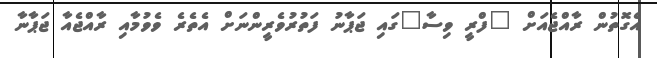
އެގޮތުން ރާއްޖެއަށް "ފްރީ ވިސާ"ގައި ޖަޕާނު ފަތުރުވެރީންނަށް އެތެރެ ވެވުމާއި ރާއްޖެއާ ޖަޕާނާ